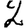
Digit: 2